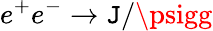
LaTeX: e^{+}e^{-}\to\mathtt{J}/\psigg